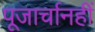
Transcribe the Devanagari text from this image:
पूजार्चानहीं